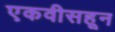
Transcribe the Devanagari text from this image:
एकवीसहून